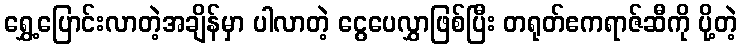
ရွှေ့ပြောင်းလာတဲ့အချိန်မှာ ပါလာတဲ့ ငွေပေလွှာဖြစ်ပြီး တရုတ်ဧကရာဇ်ဆီကို ပို့တဲ့